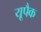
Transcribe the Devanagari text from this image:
यूपैक